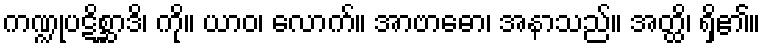
ကဏ္ဍုပဋိစ္ဆာဒိ၊ ကို။ ယာဝ၊ လောက်။ အာဗာဓော၊ အနာသည်။ အတ္ထိ၊ ရှိ၏။